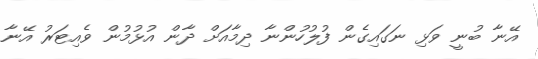
އޭނާ ބުނީ ވަޅި ނަގައިގެން ފުލުހުންނާ ދިމާއަށް ދާން އުޅުމުން ވެއިޓަރު އޭނާ